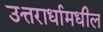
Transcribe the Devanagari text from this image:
उत्तरार्धामधील